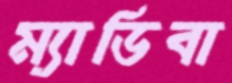
ম্যাডিবা